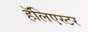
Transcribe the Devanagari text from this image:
हॅलिएस्टर